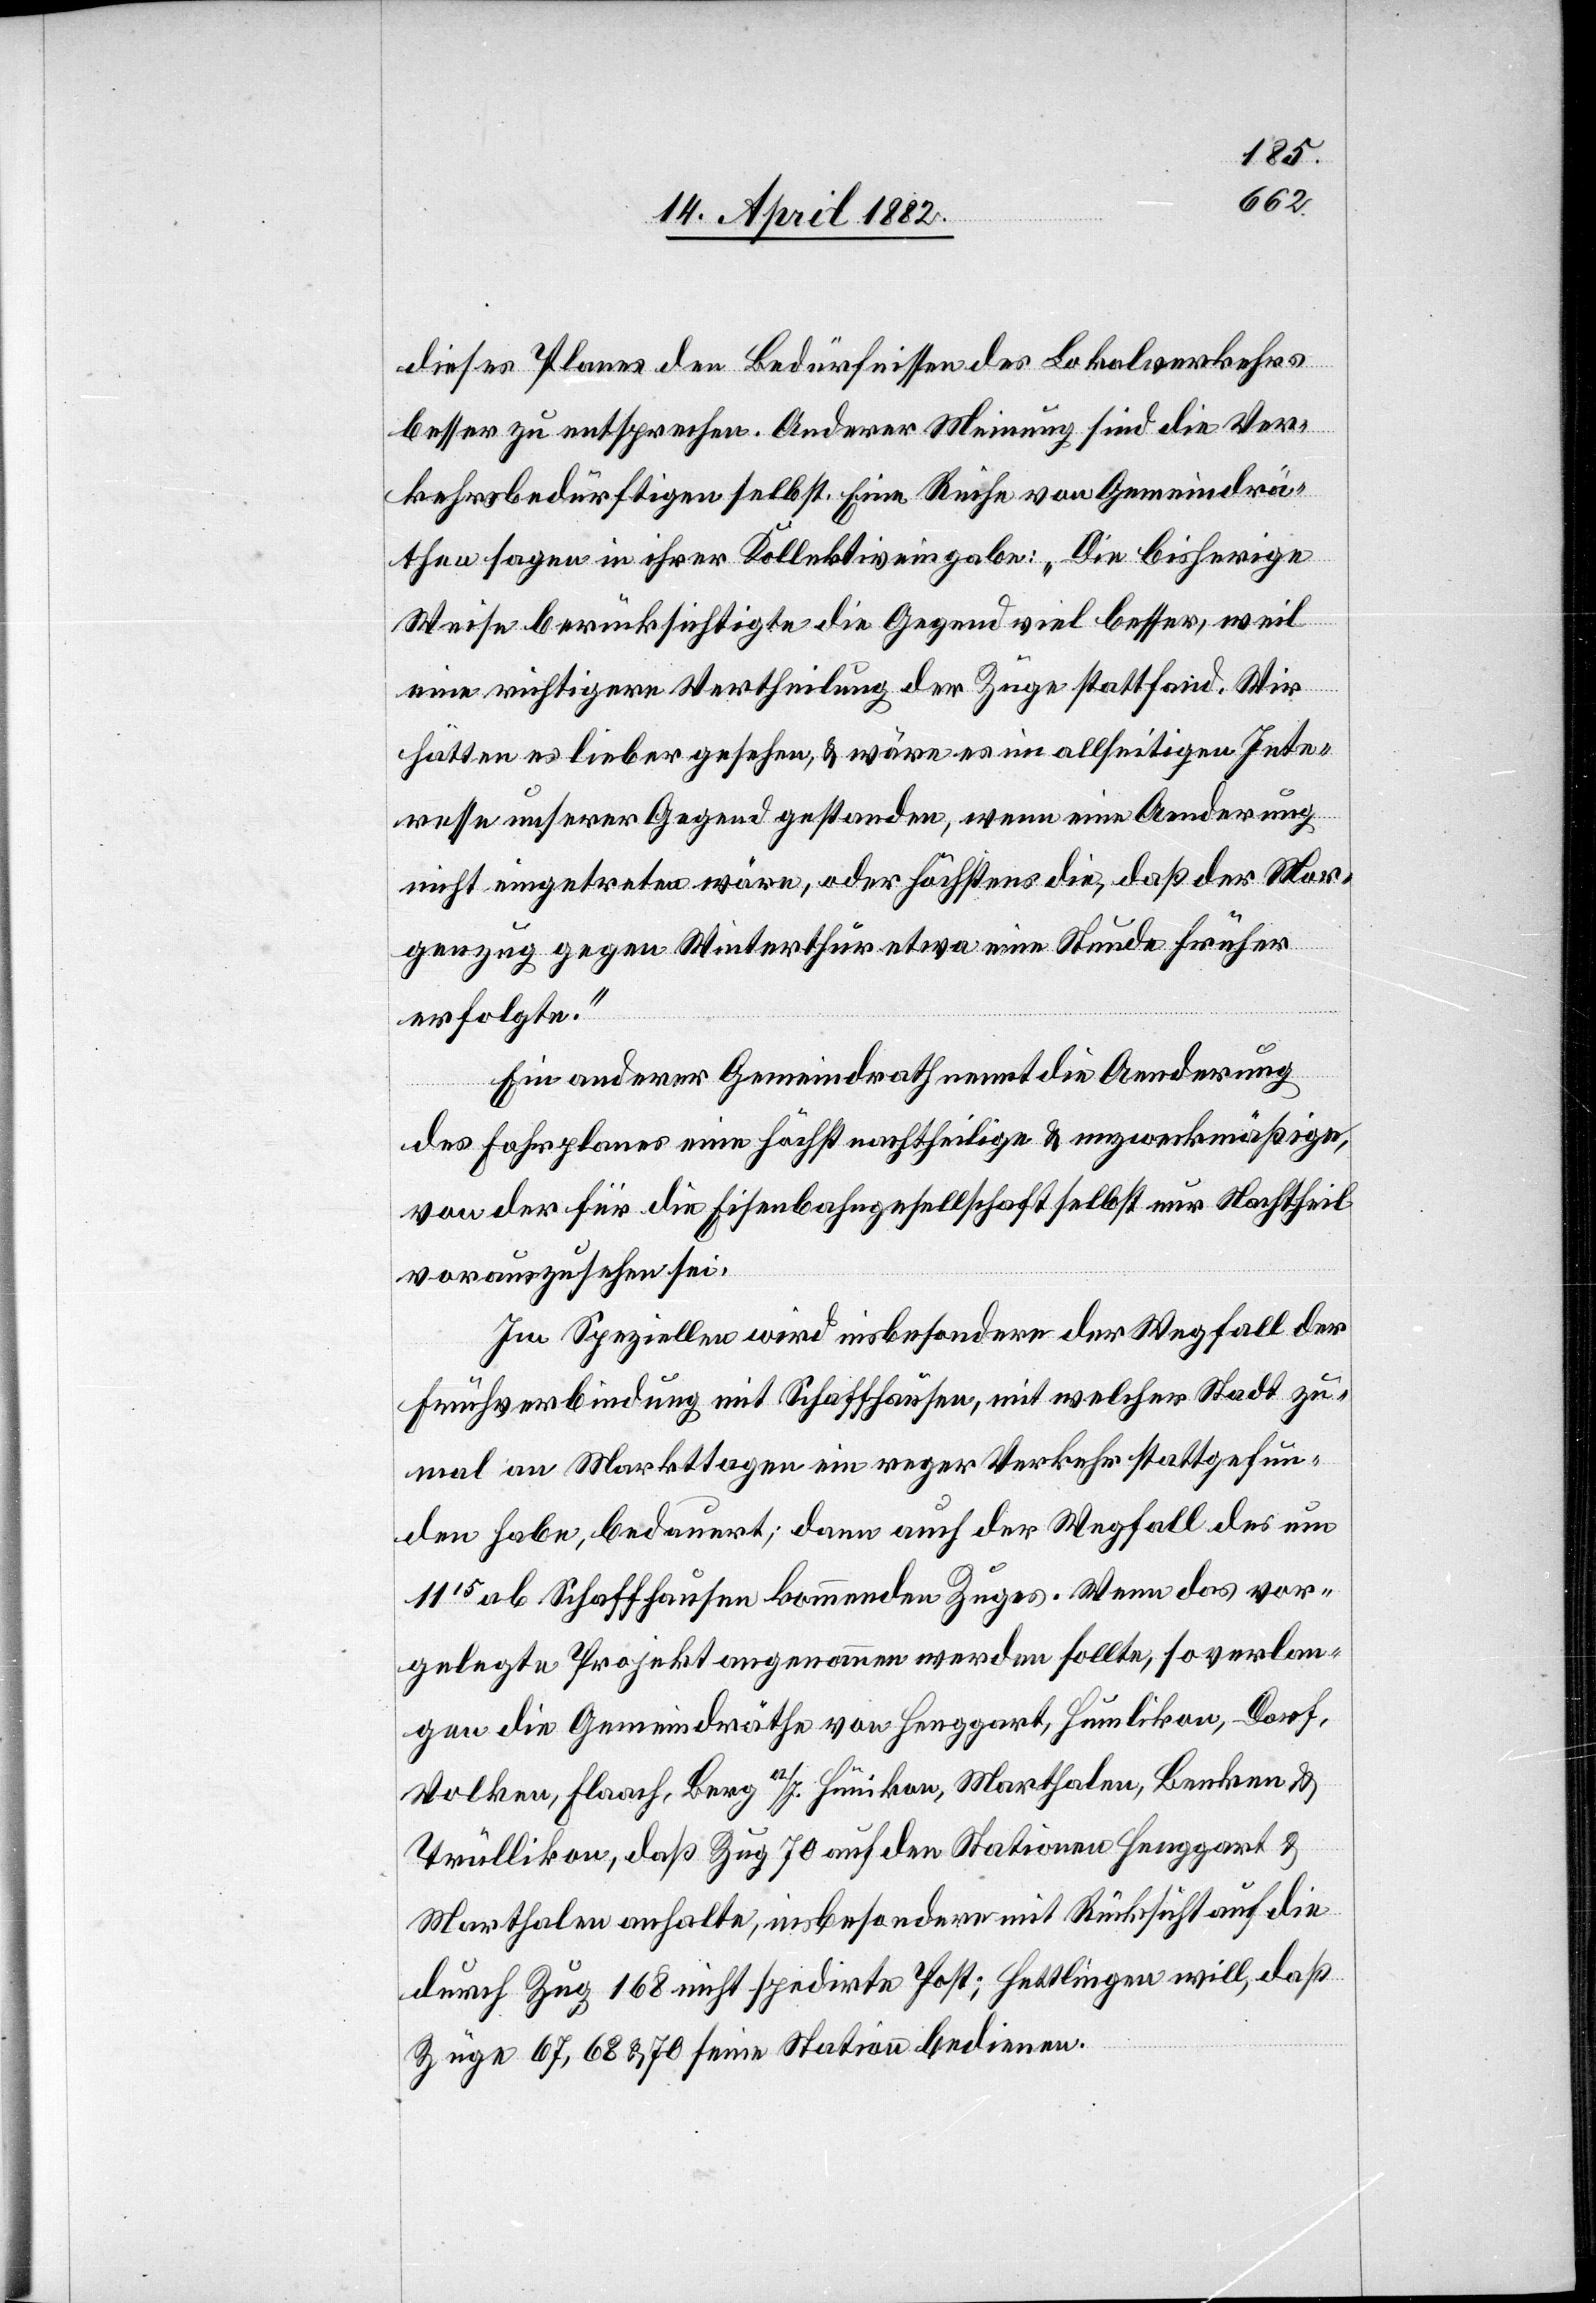
dieses Planes den Bedürfnissen des Lokalverkehrs
besser zu entsprechen. Anderer Meinung sind die Ver¬
kehrsbedürftigen selbst. Eine Reihe von Gemeindrä¬
then sagen in ihrer Kollektiveingabe: „Die bisherige
Weise berücksichtigte die Gegend viel besser, weil
eine richtigere Vertheilung der Züge stattfand. Wir
hätten es lieber gesehen, & wäre es im allseitigen Inte¬
resse unserer Gegend gestanden, wenn eine Aenderung
nicht eingetreten wäre, oder höchstens die, daß der Mor¬
genzug gegen Winterthur etwa eine Stunde früher
erfolgte.“
Ein anderer Gemeindrath nennt die Aenderung
des Fahrplanes eine höchst nachtheilige & unzweckmäßige,
von der für die Eisenbahngesellschaft selbst nur Nachtheil
vorauszusehen sei.
Im Speziellen wird insbesondere der Wegfall der
Frühverbindung mit Schaffhausen, mit welcher Stadt zu¬
mal an Markttagen ein reger Verkehr stattgefun¬
den habe, bedauert; dann auch der Wegfall des um
1115 ab Schaffhausen kommenden Zuges. Wenn das vor¬
gelegte Projekt angenommen werden sollte, so verlan¬
gen die Gemeindräthe von Henggart, Humlikon, Dorf,
Volken, Flaach, Berg a/I.[,] Hünikon, Marthalen, Benken &
Trüllikon, daß Zug 70 auf den Stationen Henggart &
Marthalen anhalte, insbesondere mit Rücksicht auf die
durch Zug 168 nicht spedirte Post; Hettlingen will, daß
Züge 67, 68 & 70 seine Station bedienen.